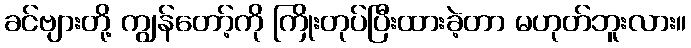
ခင်ဗျားတို့ ကျွန်တော့်ကို ကြိုးတုပ်ပြီးထားခဲ့တာ မဟုတ်ဘူးလား။